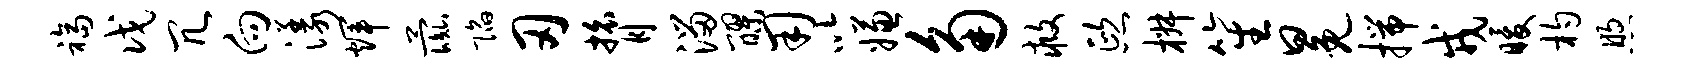
福戊冗向漾辉彘陷刃膂溜醪用以嫌角救熙椒笙冕揣戎暖杓煦